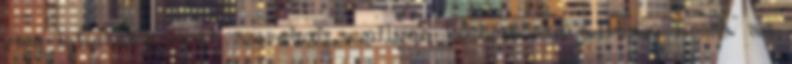
meg lehetett most szeretni, amilyen közömbösen álltam hozzá az